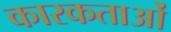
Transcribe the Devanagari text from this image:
कारकताओं